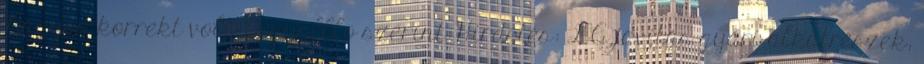
Nagyon korrekt volt. fagyalllo szerint:Hirdetés: LG javítás gyári alkatrészek,